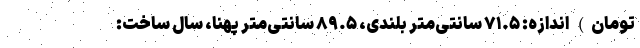
تومان) اندازه: ۷۱.۵ سانتی‌متر بلندی، ۸۹.۵ سانتی‌متر پهنا، سال ساخت: